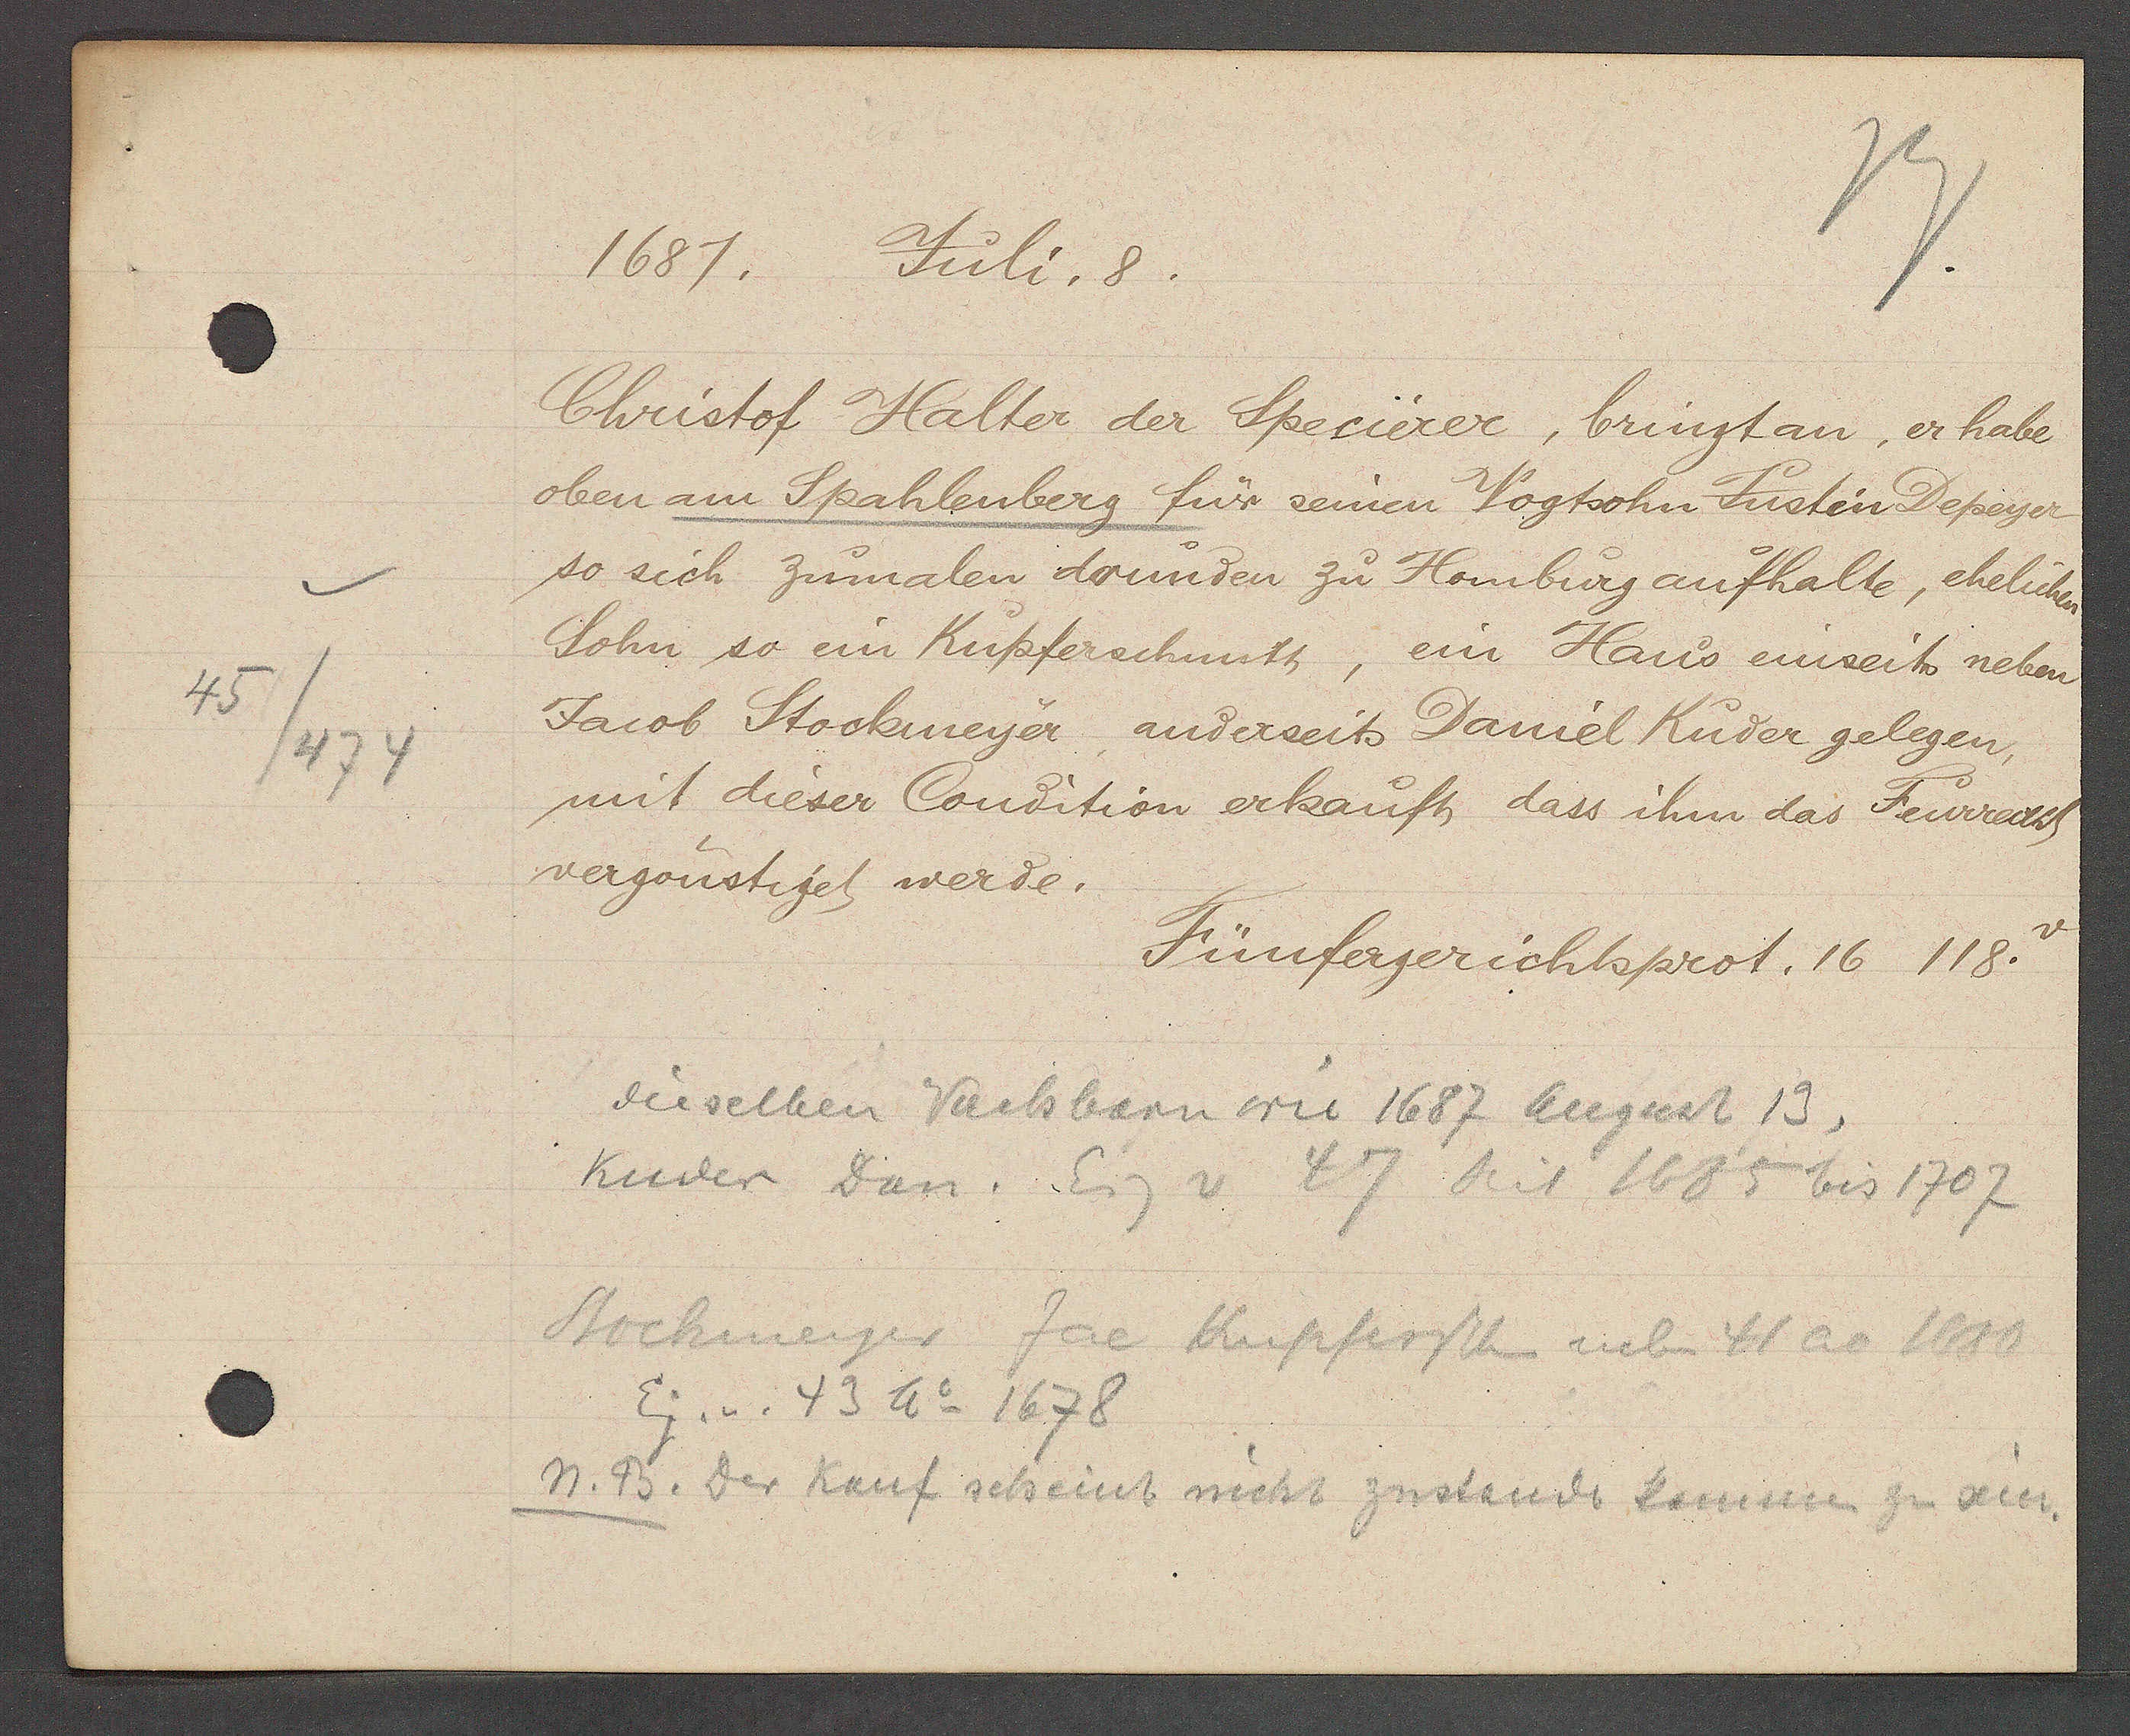
Transcript:
45
/474

1687. Juli. 8.

Christof Halter der Specierer, bringt an, er habe
oben am Spahlenberg für seinen Vogtsohn Fustin Depeyer
so sich zumalen darunden zu Homburg aufhalte, ehelichen
Sohn so ein Kupferschmith, ein Haus einseits neben
Jacob Stockmeyer anderseits Daniel Kuder gelegen,
mit dieser Condition erkauft dass ihm das Feurrecht
vergonstiget werde.

Fünfergerichtsprot. 16 118.

dieselben Nachbarn wie 1687 August 13,
Kuder Dan. Eig v 47 seit 1685 bis 1707
Stockmeyer Jac Kupferschm neben 41 ao 1680
Eig. v. 43 Ao 1678
M. B. der Kauf scheint nicht zustande kommen zu sein.